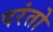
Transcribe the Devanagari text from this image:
परंतो